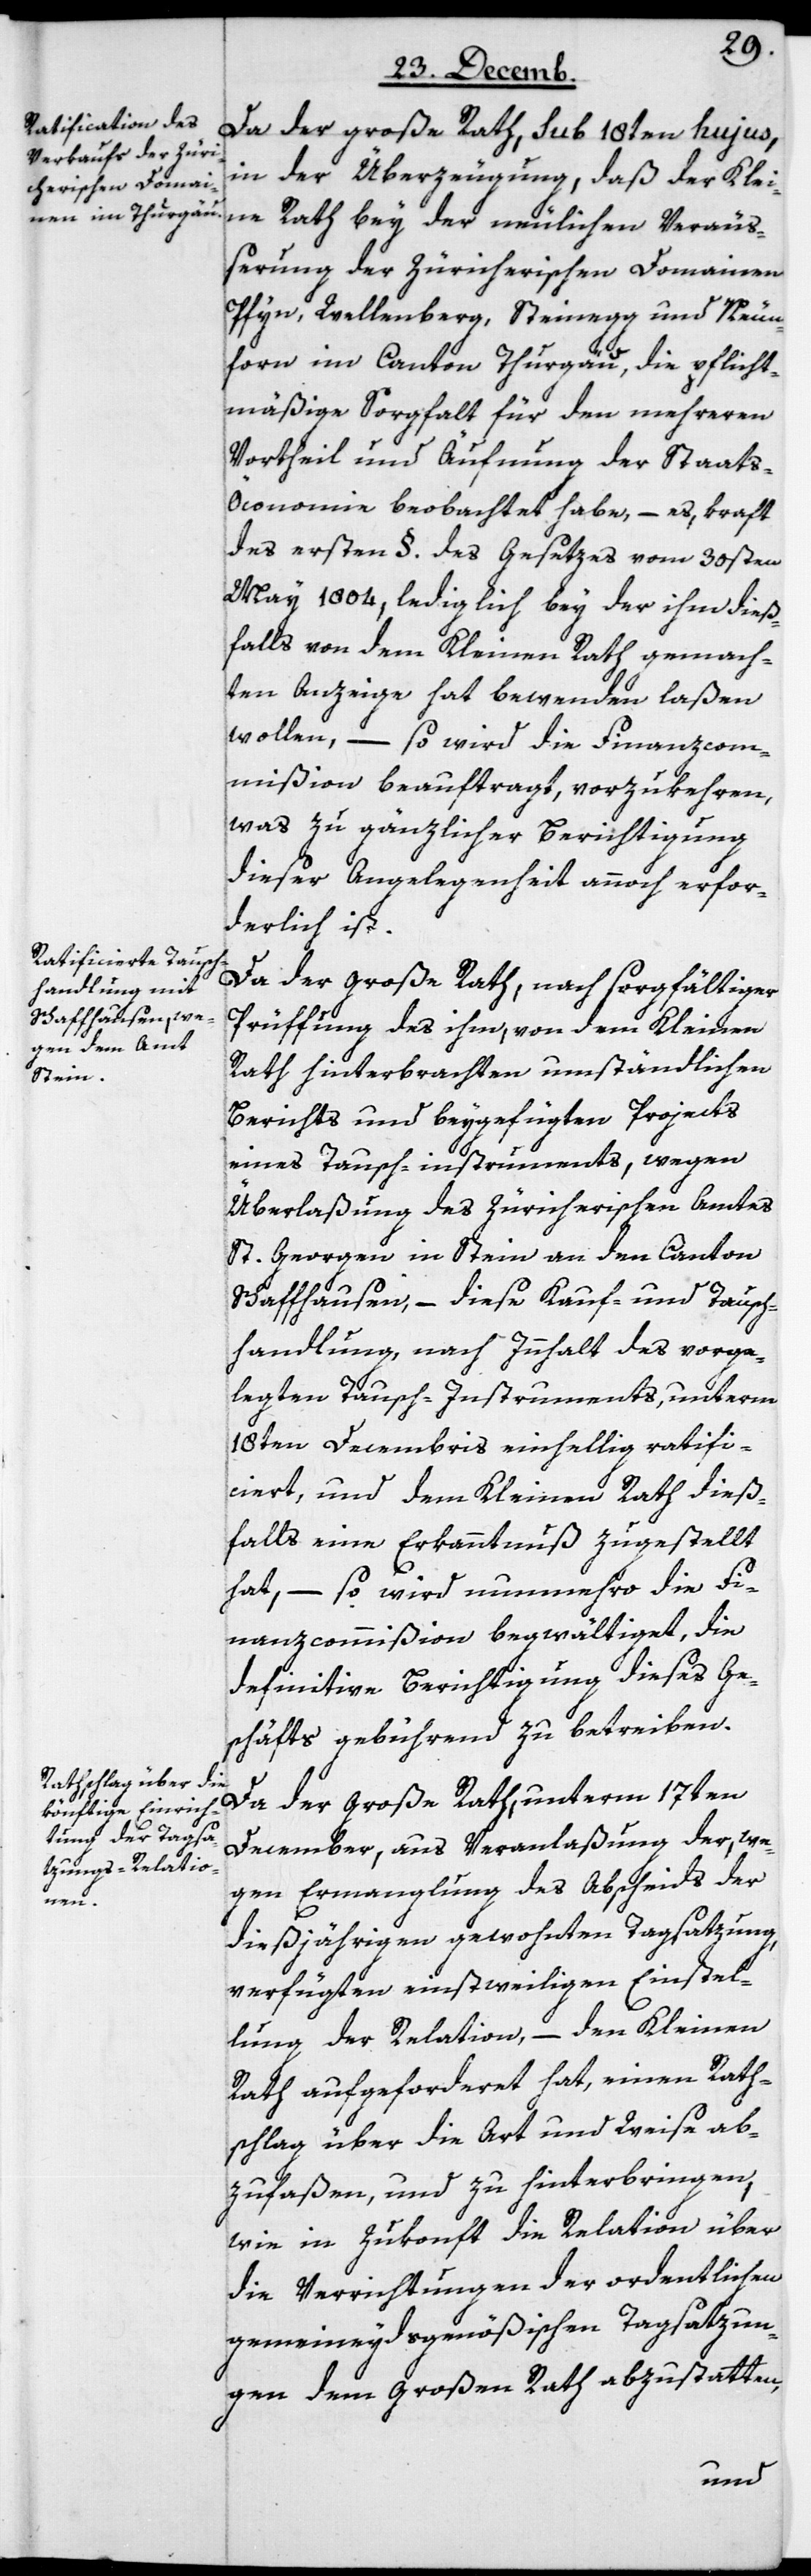
Da der große Rath, sub 18ten hujus
in der Überzeugung, daß der Klei¬
ne Rath bey der neulichen Veräuß¬
erung der Zürcherischen Domainen
Pfyn, Wellenberg, Steinegg und Neun¬
forn im Canton Thurgäu, die pflicht¬
mäßige Sorgfalt für den mehreren
Vortheil und Äufnung der Staats-Ö¬
conomie beobachtet habe, – es, kraft
des ersten §. des Gesetzes vom 30sten
May 1804, lediglich bey der ihm dieß¬
falls von dem Kleinen Rath gemach¬
ten Anzeige hat bewenden laßen
wollen, – so wird die Finanzcom¬
mißion beauftragt, vorzukehren,
was zu gänzlicher Berichtigung
dieser Angelegenheit annoch erfor¬
derlich ist.
Da der Große Rath, nach sorgfältiger
Prüffung des ihm, von dem Kleinen
Rath hinterbrachten umständlichen
Berichts und beygefügten Projects
eines Tausch-instruments, wegen
Überlaßung des Zürcherischen Amtes
St. Georgen in Stein an den Canton
Schaffhausen, – diese Kauf- und Tausch¬
handlung, nach Innhalt des vorge¬
legten Tausch-Instruments, unterm
18ten Decembris einhellig ratifi¬
ciert, und dem Kleinen Rath dieß¬
falls eine Erkanntnuß zugestellt
hat, – so wird nunmehro die Fi¬
nanzcommißion begwältiget, die
definitive Berichtigung dieses Ge¬
schäfts gebührend zu betreiben.
Da der Große Rath, unterm 17ten
December, aus Veranlaßung der, we¬
gen Ermanglung des Abscheids der
dießjährigen gewohnten Tagsatzung,
verfügten einstweiligen Einstel¬
lung der Relation, – den Kleinen
Rath aufgeforderet hat, einen Rath¬
schlag über die Art und Weise ab¬
zufaßen, und zu hinterbringen,
wie in Zukonft die Relation über
die Verrichtungen der ordentlichen
gemeineydsgenößischen Tagsatzun¬
gen dem Großen Rath abzustatten